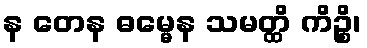
န တေန ဓမ္မေန သမတ္ထိ ကိဉ္စိ၊